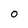
Character: O